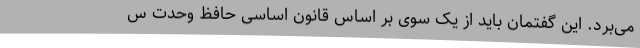
می‌برد. این گفتمان باید از یک سوی بر اساس قانون اساسی حافظ وحدت س